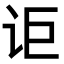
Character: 讵